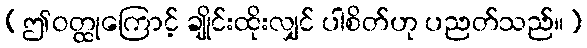
(ဤဝတ္ထုကြောင့် ချိုင်းထိုးလျှင် ပါစိတ်ဟု ပညတ်သည်။)